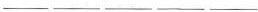
___ ___ ___ ___ ___